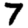
Digit: 7